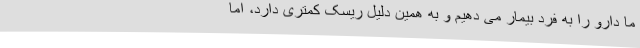
ما دارو را به فرد بیمار می ‌دهیم و به همین دلیل ریسک کمتری دارد، اما